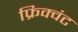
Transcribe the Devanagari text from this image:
फ्रिक्वंट